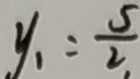
y _ { 1 } = \frac { 5 } { 2 } ,